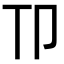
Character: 𫧹